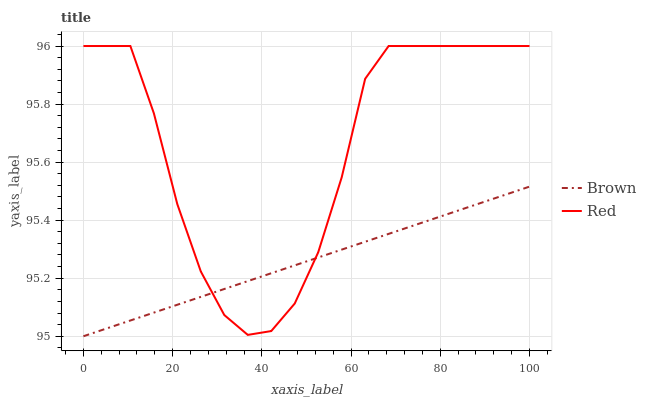
| xaxis_label | Brown | Red |
 | --- | --- | --- |
 | 0 | 95 | 96 |
 | 5.26 | 95 | 96 |
 | 10.5 | 95.1 | 96 |
 | 15.8 | 95.1 | 95.8 |
 | 21.1 | 95.1 | 95.5 |
 | 26.3 | 95.1 | 95.2 |
 | 31.6 | 95.2 | 95.1 |
 | 36.8 | 95.2 | 95 |
 | 42.1 | 95.2 | 95 |
 | 47.4 | 95.2 | 95.1 |
 | 52.6 | 95.3 | 95.3 |
 | 57.9 | 95.3 | 95.5 |
 | 63.2 | 95.3 | 95.9 |
 | 68.4 | 95.4 | 96 |
 | 73.7 | 95.4 | 96 |
 | 78.9 | 95.4 | 96 |
 | 84.2 | 95.4 | 96 |
 | 89.5 | 95.5 | 96 |
 | 94.7 | 95.5 | 96 |
 | 100 | 95.5 | 96 |